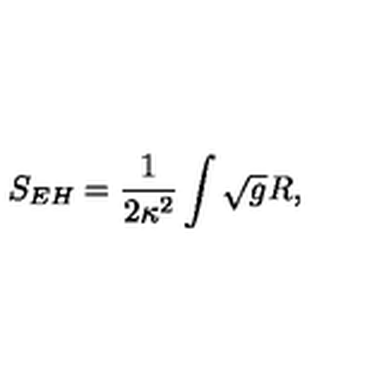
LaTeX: S _ { E H } = \frac { 1 } { 2 \kappa ^ { 2 } } \int \sqrt { g } R ,